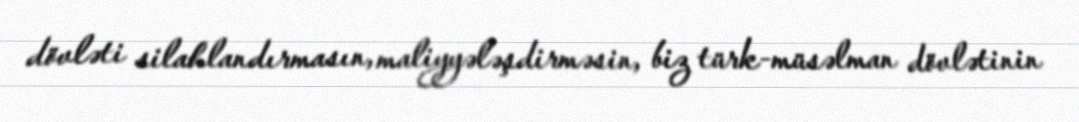
dövləti silahlandırmasın, maliyyələşdirməsin, biz türk-müsəlman dövlətinin